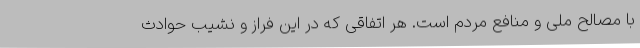
با مصالح ملی و منافع مردم است. هر اتفاقی که در این فراز و نشیب حوادث